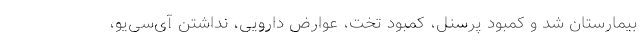
بیمارستان شد و کمبود پرسنل، کمبود تخت، عوارض دارویی، نداشتن آی‌سی‌یو،